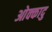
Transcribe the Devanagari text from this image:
ओक्कादु